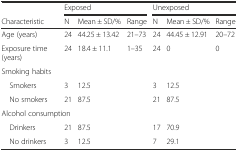
<table><thead><tr><td></td><td colspan="3"><b>Exposed</b></td><td colspan="3"><b>Unexposed</b></td></tr><tr><td><b>Characteristic</b></td><td><b>N</b></td><td><b>Mean ± SD/%</b></td><td><b>Range</b></td><td><b>N</b></td><td><b>Mean ± SD/%</b></td><td><b>Range</b></td></tr></thead><tbody><tr><td>Age (years)</td><td>24</td><td>44.25 ± 13.42</td><td>21–73</td><td>24</td><td>44.45 ± 12.91</td><td>20–72</td></tr><tr><td>Exposure time (years)</td><td>24</td><td>18.4 ± 11.1</td><td>1–35</td><td>24</td><td>0</td><td>0</td></tr><tr><td colspan="7">Smoking habits</td></tr><tr><td> Smokers</td><td>3</td><td>12.5</td><td></td><td>3</td><td>12.5</td><td></td></tr><tr><td> No smokers</td><td>21</td><td>87.5</td><td></td><td>21</td><td>87.5</td><td></td></tr><tr><td colspan="7">Alcohol consumption</td></tr><tr><td> Drinkers</td><td>21</td><td>87.5</td><td></td><td>17</td><td>70.9</td><td></td></tr><tr><td> No drinkers</td><td>3</td><td>12.5</td><td></td><td>7</td><td>29.1</td><td></td></tr></tbody></table>